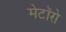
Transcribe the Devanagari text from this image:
मेटॉरो